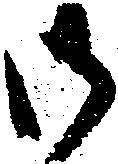
御